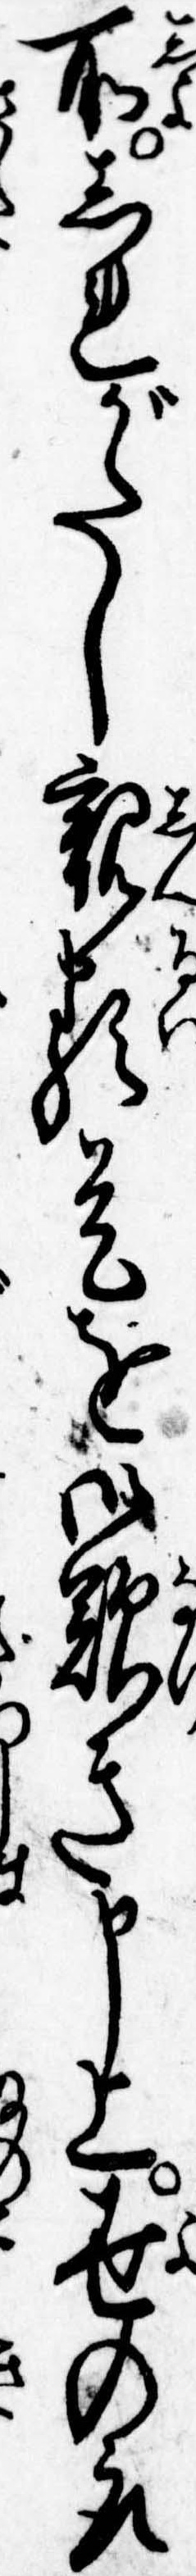
所しれがたし親類是を御歎き申上世の取